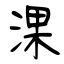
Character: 淉